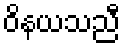
ဝိနယသညီ